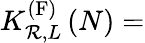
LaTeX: K_{\mathcal{R},L}^{\left(\mathrm{{F}}\right)}\left(N\right)=